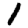
Digit: 1